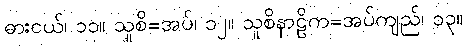
ဓားငယ်၊ ၁၁။ သူစိ=အပ်၊ ၁၂။ သူစိနာဠိက=အပ်ကျည်၊ ၁၃။